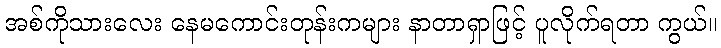
အစ်ကိုသားလေး နေမကောင်းတုန်းကများ နာတာရှာဖြင့် ပူလိုက်ရတာ ကွယ်။